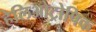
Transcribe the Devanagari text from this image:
हेलिओट्रोपिक